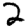
Digit: 2